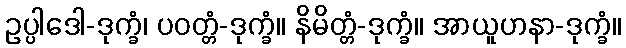
ဥပ္ပါဒေါ-ဒုက္ခံ၊ ပဝတ္တံ-ဒုက္ခံ။ နိမိတ္တံ-ဒုက္ခံ။ အာယူဟနာ-ဒုက္ခံ။